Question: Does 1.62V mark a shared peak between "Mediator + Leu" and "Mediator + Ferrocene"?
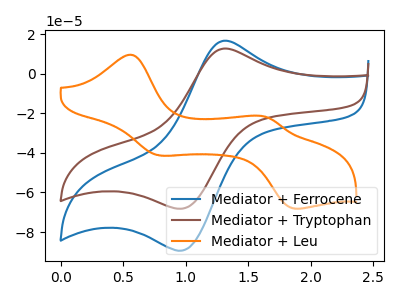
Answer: <think>The blue curve "Mediator + Ferrocene" has an anodic peak at (1.30V, 16.75uA) and a cathodic peak at (1.00V, -89.00uA). The brown curve "Mediator + Tryptophan" has an anodic peak at (1.30V, 12.75uA) and a cathodic peak at (1.00V, -67.90uA). The orange curve "Mediator + Leu" has anodic peaks at (0.55V, 9.50uA) (1.65V, -21.75uA) and cathodic peaks at (0.80V, -41.30uA) (1.90V, -68.20uA).</think>
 <answer>No, "Mediator + Leu" and "Mediator + Ferrocene" dont share a peak at 1.62V.</answer>
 <eval>mismatch</eval>